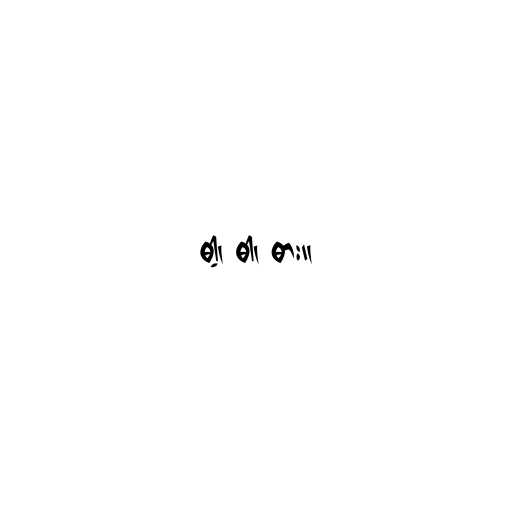
ဓါ့၊ ဓါ၊ ဓား။